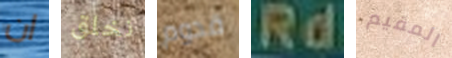
ان نخلق قدوم Rd المقيم